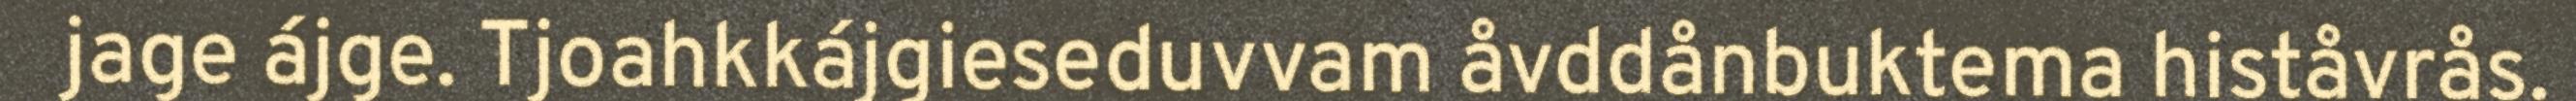
jage ájge. Tjoahkkájgieseduvvam åvddånbuktema histåvrås.